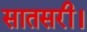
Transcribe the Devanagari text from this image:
सातसरी।